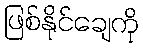
ဖြစ်နိုင်ချေကို